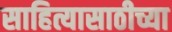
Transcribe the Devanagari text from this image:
साहित्यासाठीच्या